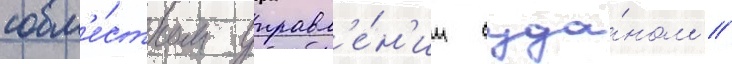
совм'е́стном управл'е́н'ии суда́ном //